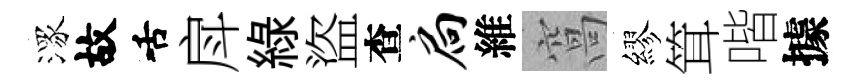
潈故舌戽緑盜查扃維窩繆䇯喈據